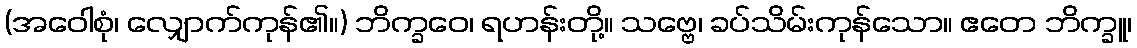
(အဝေါစုံ၊ လျှောက်ကုန်၏။) ဘိက္ခဝေ၊ ရဟန်းတို့။ သဗ္ဗေ၊ ခပ်သိမ်းကုန်သော။ ဧတေ ဘိက္ခူ၊